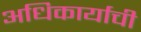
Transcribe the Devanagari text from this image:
अधिकार्याची